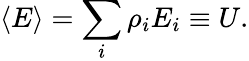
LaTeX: \langle E\rangle=\sum_{i}\rho_{i}E_{i}\equiv U.